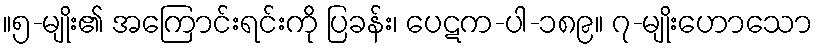
။၅-မျိုး၏ အကြောင်းရင်းကို ပြခန်း၊ ပေဋက-ပါ-၁၈၉။ ၇-မျိုးဟောသော